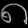
Digit: ၈